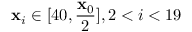
\mathbf { x } _ { i } \in [ 4 0 , \frac { \mathbf { x } _ { 0 } } { 2 } ] , 2 < i < 1 9